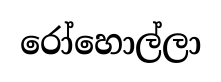
රෝහොල්ලා